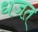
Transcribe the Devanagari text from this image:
धजत